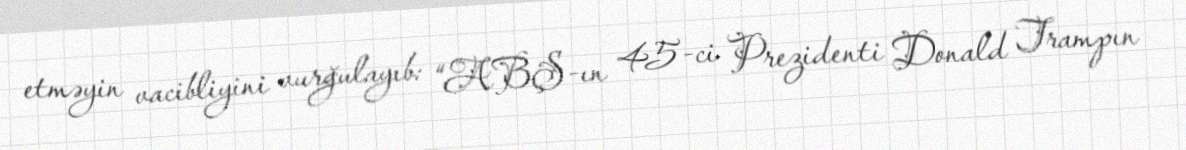
etməyin vacibliyini vurğulayıb: “ABŞ-ın 45-ci Prezidenti Donald Trampın